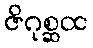
ဇိဂုစ္ဆထ